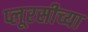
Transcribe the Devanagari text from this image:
प्लूरसीच्या